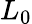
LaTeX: L_{0}